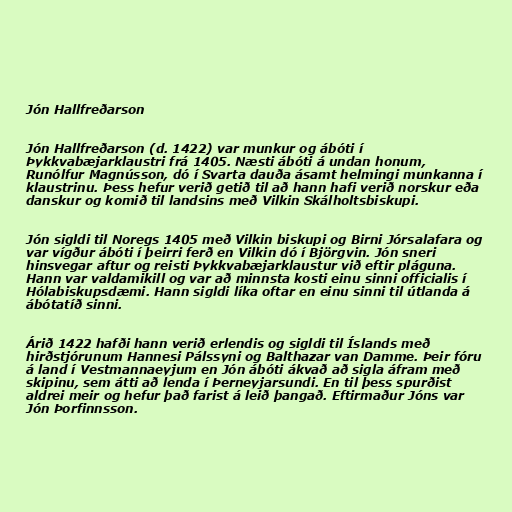
Jón Hallfreðarson

Jón Hallfreðarson (d. 1422) var munkur og ábóti í
Þykkvabæjarklaustri frá 1405. Næsti ábóti á undan honum,
Runólfur Magnússon, dó í Svarta dauða ásamt helmingi munkanna í
klaustrinu. Þess hefur verið getið til að hann hafi verið norskur eða
danskur og komið til landsins með Vilkin Skálholtsbiskupi.

Jón sigldi til Noregs 1405 með Vilkin biskupi og Birni Jórsalafara og
var vígður ábóti í þeirri ferð en Vilkin dó í Björgvin. Jón sneri
hinsvegar aftur og reisti Þykkvabæjarklaustur við eftir pláguna.
Hann var valdamikill og var að minnsta kosti einu sinni officialis í
Hólabiskupsdæmi. Hann sigldi líka oftar en einu sinni til útlanda á
ábótatíð sinni.

Árið 1422 hafði hann verið erlendis og sigldi til Íslands með
hirðstjórunum Hannesi Pálssyni og Balthazar van Damme. Þeir fóru
á land í Vestmannaeyjum en Jón ábóti ákvað að sigla áfram með
skipinu, sem átti að lenda í Þerneyjarsundi. En til þess spurðist
aldrei meir og hefur það farist á leið þangað. Eftirmaður Jóns var
Jón Þorfinnsson.